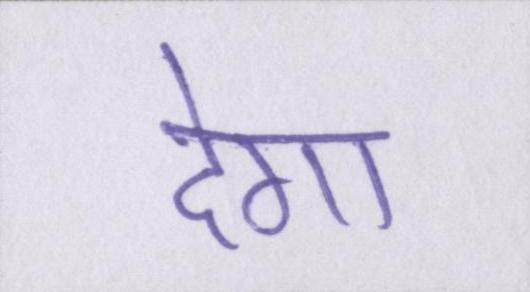
देगा